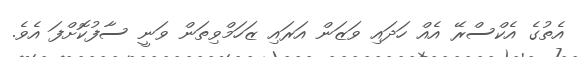
އެތުގެ އެކްސްރޭ އެއް ހަދައި ވަޒަން އަރައި ޒަހަމްވިތަން ވަނީ ސާފުކޮށްފަ އެވެ.